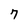
Character: 7